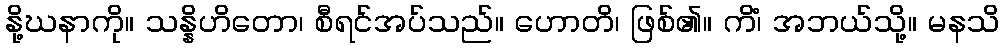
နို့ဃနာကို။ သန္နိဟိတော၊ စီရင်အပ်သည်။ ဟောတိ၊ ဖြစ်၏။ ကိံ၊ အဘယ်သို့။ မနသိ